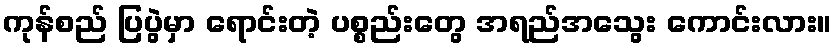
ကုန်စည် ပြပွဲမှာ ရောင်းတဲ့ ပစ္စည်းတွေ အရည်အသွေး ကောင်းလား။